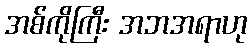
အစ်ကိုကြီး အဘအရာဟု